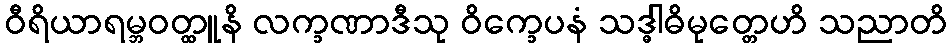
ဝီရိယာရမ္ဘဝတ္ထူနိ လက္ခဏာဒီသု ဝိက္ခေပနံ သဒ္ဓါဓိမုတ္တေဟိ သညာတိ